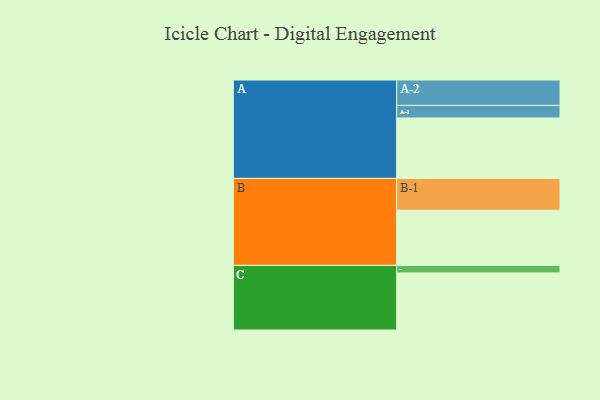
{"axis": {"x": "Segment", "y": "Value"}, "legend": ["", "A", "B", "C"], "data": [{"x": "A", "y": 521, "type": ""}, {"x": "B", "y": 476, "type": ""}, {"x": "C", "y": 492, "type": ""}, {"x": "A-1", "y": 108, "type": "A"}, {"x": "A-2", "y": 219, "type": "A"}, {"x": "B-1", "y": 274, "type": "B"}, {"x": "C-1", "y": 65, "type": "C"}]}